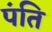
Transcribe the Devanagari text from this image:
पंति